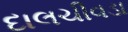
દાલચીવડા